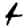
Digit: 4